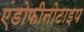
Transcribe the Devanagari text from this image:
एंडोफीनोटाइप